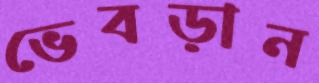
ভেবড়ান